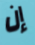
إن